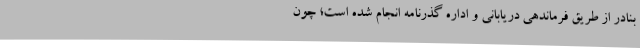
بنادر از طریق فرماندهی دریابانی و اداره گذرنامه انجام شده است؛ چون